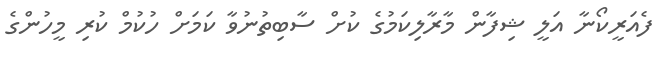
ފެއަރީކޯނާ އަލީ ޝިފާން މާރާލިކަމުގެ ކުށް ސާބިތުނުވާ ކަމަށް ހުކުމް ކުރި މީހުންގެ